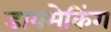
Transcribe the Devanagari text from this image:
डायमेकिंग